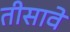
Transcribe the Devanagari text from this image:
तीसावे